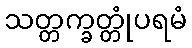
သတ္တက္ခတ္တုံပရမံ